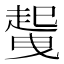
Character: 𲃐